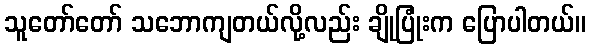
သူတော်တော် သဘောကျတယ်လို့လည်း ချိုပြုံးက ပြောပါတယ်။